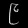
Digit: ၉